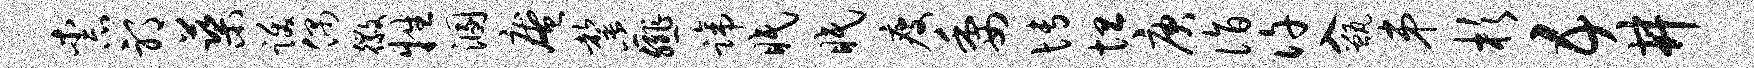
柰邪蕖跋偶徽牲溷庵罄薤蹄眠眠瘦委博坦庚诣许入甑弟杉五井